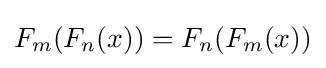
F_{m}(F_{n}(x))=F_{n}(F_{m}(x))